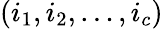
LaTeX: (i_{1},i_{2},\ldots,i_{c})